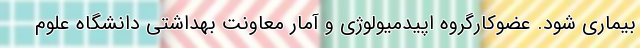
بیماری شود. عضوکارگروه اپیدمیولوژی و آمار معاونت بهداشتی دانشگاه علوم